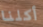
أكلنا